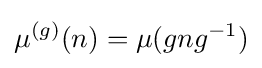
\mu ^{(g)}(n)=\mu (gng^{-1})